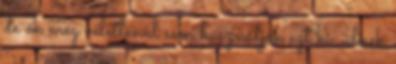
de ők még véletlenül sem használják ezt ki: ülnek